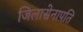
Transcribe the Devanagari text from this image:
जिलासेनापति